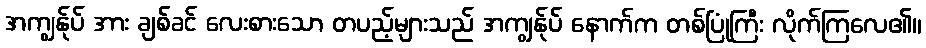
အကျွန်ုပ် အား ချစ်ခင် လေးစားသော တပည့်များသည် အကျွန်ုပ် နောက်က တစ်ပြုံကြီး လိုက်ကြလေ၏။